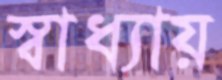
স্বাধ্যায়